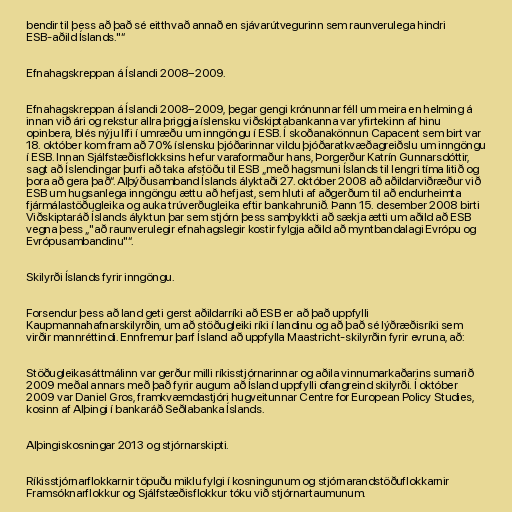
bendir til þess að það sé eitthvað annað en sjávarútvegurinn sem raunverulega hindri
ESB-aðild Íslands."“

Efnahagskreppan á Íslandi 2008–2009.

Efnahagskreppan á Íslandi 2008–2009, þegar gengi krónunnar féll um meira en helming á
innan við ári og rekstur allra þriggja íslensku viðskiptabankanna var yfirtekinn af hinu
opinbera, blés nýju lífi í umræðu um inngöngu í ESB. Í skoðanakönnun Capacent sem birt var
18. október kom fram að 70% íslensku þjóðarinnar vildu þjóðaratkvæðagreiðslu um inngöngu
í ESB. Innan Sjálfstæðisflokksins hefur varaformaður hans, Þorgerður Katrín Gunnarsdóttir,
sagt að Íslendingar þurfi að taka afstöðu til ESB „með hagsmuni Íslands til lengri tíma litið og
þora að gera það“. Alþýðusamband Íslands ályktaði 27. október 2008 að aðildarviðræður við
ESB um hugsanlega inngöngu ættu að hefjast, sem hluti af aðgerðum til að endurheimta
fjármálastöðugleika og auka trúverðugleika eftir bankahrunið. Þann 15. desember 2008 birti
Viðskiptaráð Íslands ályktun þar sem stjórn þess samþykkti að sækja ætti um aðild að ESB
vegna þess „"að raunverulegir efnahagslegir kostir fylgja aðild að myntbandalagi Evrópu og
Evrópusambandinu"“.

Skilyrði Íslands fyrir inngöngu.

Forsendur þess að land geti gerst aðildarríki að ESB er að það uppfylli
Kaupmannahafnarskilyrðin, um að stöðugleiki ríki í landinu og að það sé lýðræðisríki sem
virðir mannréttindi. Ennfremur þarf Ísland að uppfylla Maastricht-skilyrðin fyrir evruna, að:

Stöðugleikasáttmálinn var gerður milli ríkisstjórnarinnar og aðila vinnumarkaðarins sumarið
2009 meðal annars með það fyrir augum að Ísland uppfylli ofangreind skilyrði. Í október
2009 var Daniel Gros, framkvæmdastjóri hugveitunnar Centre for European Policy Studies,
kosinn af Alþingi í bankaráð Seðlabanka Íslands.

Alþingiskosningar 2013 og stjórnarskipti.

Ríkisstjórnarflokkarnir töpuðu miklu fylgi í kosningunum og stjórnarandstöðuflokkarnir
Framsóknarflokkur og Sjálfstæðisflokkur tóku við stjórnartaumunum.